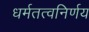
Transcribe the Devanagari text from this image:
धर्मतत्वनिर्णय